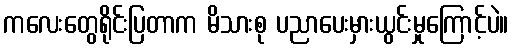
ကလေးတွေရိုင်းပြတာက မိသားစု ပညာပေးမှားယွင်းမှုကြောင့်ပဲ။